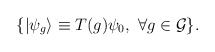
\begin{align*}\{ |\psi_g \rangle\equiv T(g)\psi_0,\ \forall g\in {\cal G} \}.\end{align*}